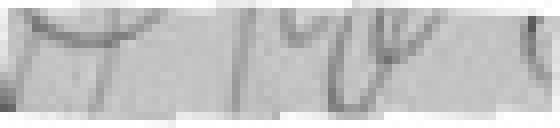
???